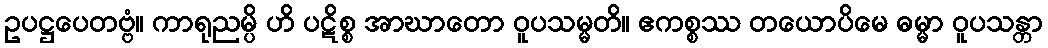
ဥပဋ္ဌပေတဗ္ဗံ။ ကာရုညမ္ပိ ဟိ ပဋိစ္စ အာဃာတော ဝူပသမ္မတိ။ ဧကစ္စဿ တယောပိမေ ဓမ္မာ ဝူပသန္တာ